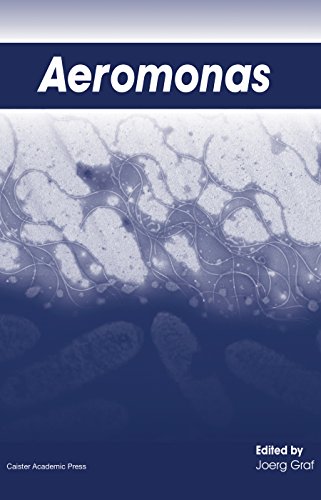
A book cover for Aeromonas; Medical Books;